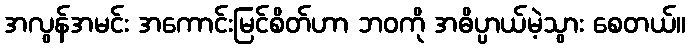
အလွန်အမင်း အကောင်းမြင်စိတ်ဟာ ဘဝကို အဓိပ္ပာယ်မဲ့သွား စေတယ်။